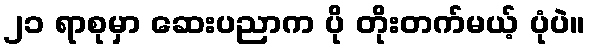
၂၁ ရာစုမှာ ဆေးပညာက ပို တိုးတက်မယ့် ပုံပဲ။